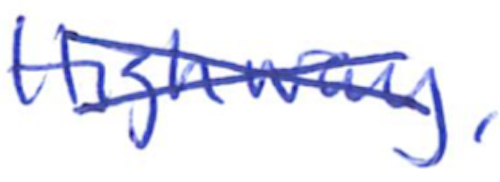
Text: Highway,
Cross-out: cross
Writing tool: ballpoint